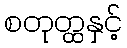
စတုတ္ထနှင့်